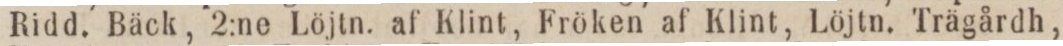
Ridd. Bäck, 2:ne Löjtn. af Klint, Fröken af Klint, Löjtn. Trägårdh,